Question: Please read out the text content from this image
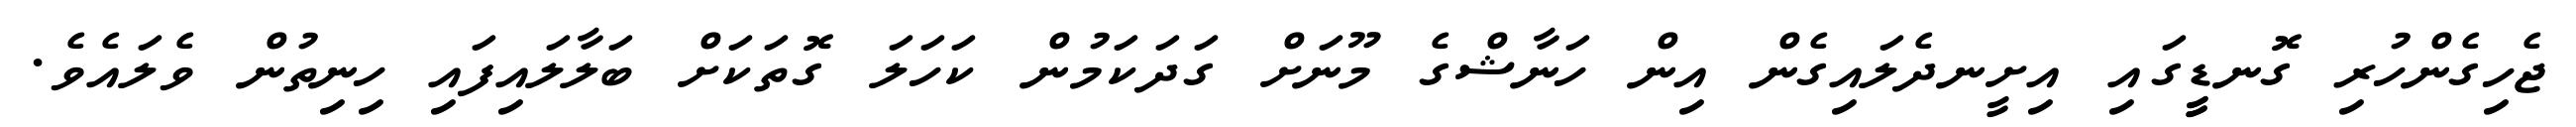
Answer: ޖެހިގެންހުރި ގޮނޑީީގައި އިށީނދެލައިގެން އިން ހަނާޝްގެ މޫނަށް ގަދަކަމުން ކަހަލަ ގޮތަކަށް ބަލާލައިފައި ހިނިތުން ވެލައެވެ.